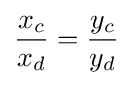
{\frac {x_{c}}{x_{d}}}={\frac {y_{c}}{y_{d}}}